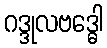
ဂဒ္ဒုလဗဒ္ဓေါ